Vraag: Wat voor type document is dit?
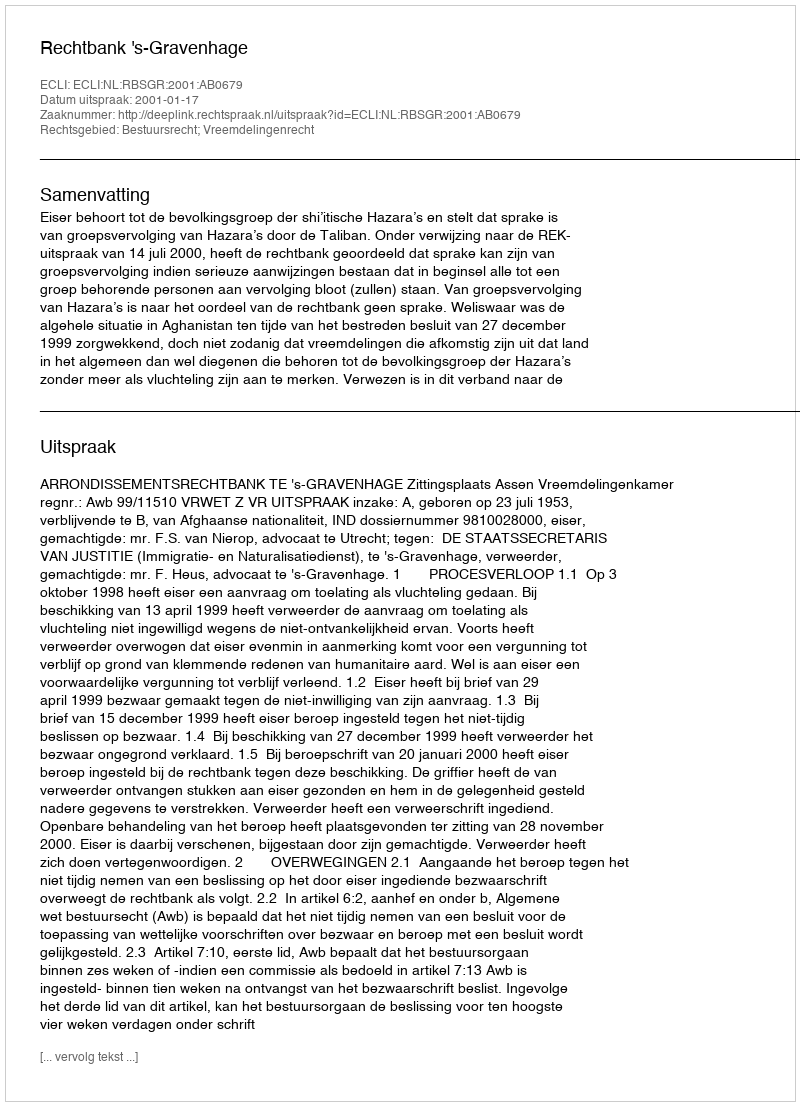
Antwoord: Uitspraak